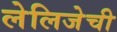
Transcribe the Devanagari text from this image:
लेलिजेची